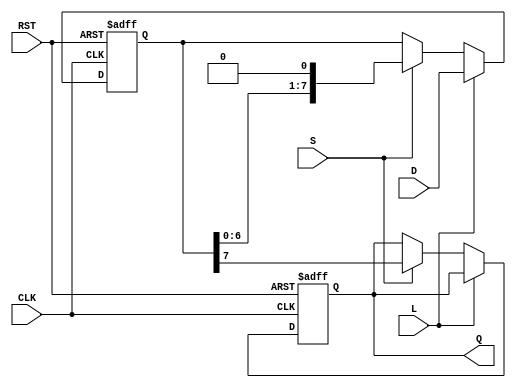
module PISO_Register #(
    parameter N = 8  // Width of the parallel input bus
)(
    input wire [N-1:0] D,    // Parallel data input
    input wire L,             // Load control signal
    input wire S,             // Shift control signal
    input wire CLK,           // Clock signal
    input wire RST,           // Asynchronous reset signal
    output reg Q              // Serial output
);

    reg [N-1:0] shift_reg;    // Shift register to hold the data

    always @(posedge CLK or posedge RST) begin
        if (RST) begin
            shift_reg <= {N{1'b0}}; // Clear the register on reset
            Q <= 1'b0;              // Clear the output
        end else begin
            if (L) begin
                shift_reg <= D;     // Load data into the shift register
            end else if (S) begin
                Q <= shift_reg[N-1]; // Shift out the MSB
                shift_reg <= {shift_reg[N-2:0], 1'b0}; // Shift left
            end
        end
    end

endmodule